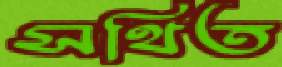
সথিত